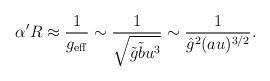
\begin{align*}\alpha' R \approx \frac{1}{g_{\rm eff}}\sim \frac{1}{\sqrt{\tilde g \tilde b u^3}} \sim \frac{1}{{\hat g}^2 (a u)^{3/2}}.\end{align*}